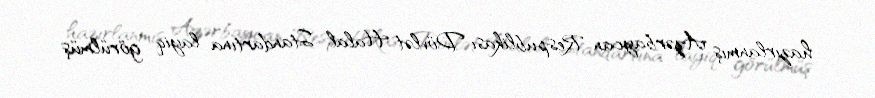
hazırlanmış Azərbaycan Respublikası Dövlət Halal Standartına layiq görülmüş